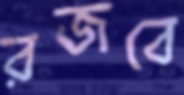
রজবে